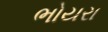
ભોયરા